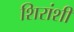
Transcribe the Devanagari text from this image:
शिरांशी